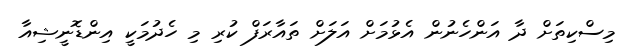
މިސްކިތަށް ދާ އަންހެނުން އެޅުމަށް އަލަށް ތައާރަފް ކުރި މި ހެދުމަކީ އިންޑޮނީޝިއާ